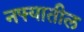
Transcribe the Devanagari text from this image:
नफ्यातील